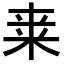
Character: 𭪀